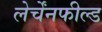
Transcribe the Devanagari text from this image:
लेर्चेंनफील्ड